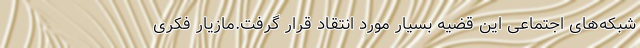
شبکه‌های اجتماعی این قضیه بسیار مورد انتقاد قرار گرفت.مازیار فکری